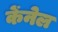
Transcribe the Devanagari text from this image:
केंनेल